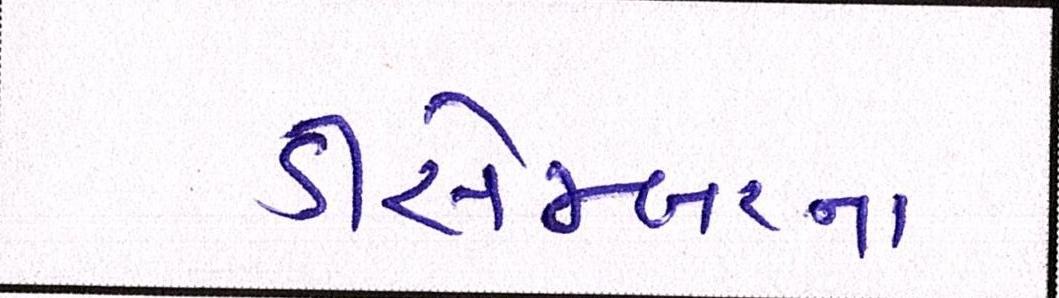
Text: ડીસેમ્બરના